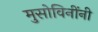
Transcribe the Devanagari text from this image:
मुसोविनींनी